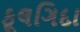
ફૂલગિદા